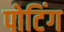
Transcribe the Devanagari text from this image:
पोटिंग